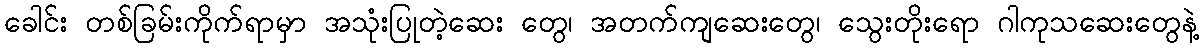
ခေါင်း တစ်ခြမ်းကိုက်ရာမှာ အသုံးပြုတဲ့ဆေး တွေ၊ အတက်ကျဆေးတွေ၊ သွေးတိုးရော ဂါကုသဆေးတွေနဲ့